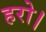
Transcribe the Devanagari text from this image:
हरो।